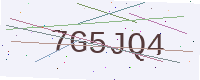
Text: 7G5JQ4